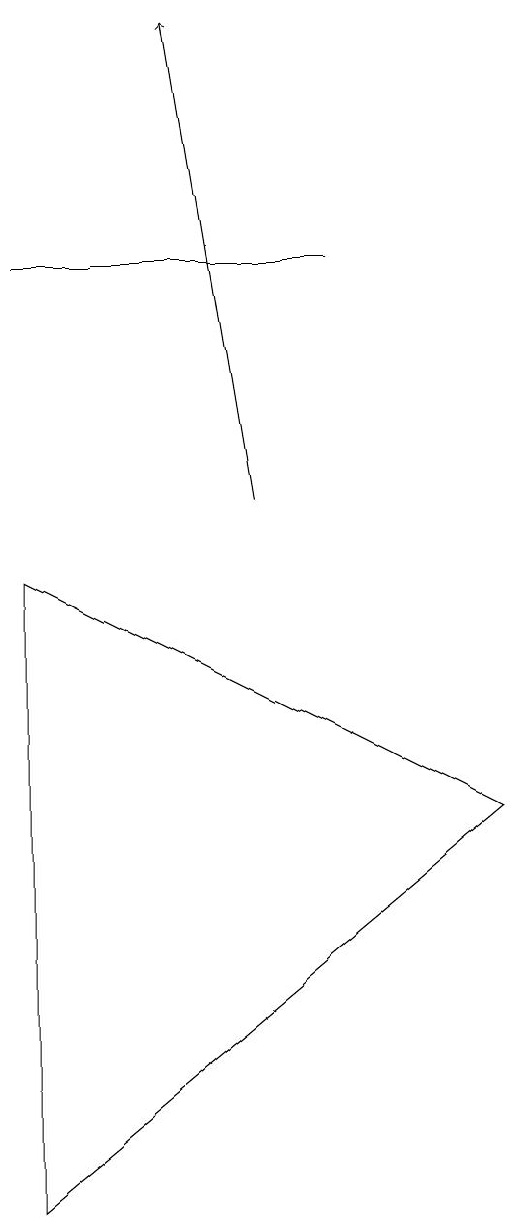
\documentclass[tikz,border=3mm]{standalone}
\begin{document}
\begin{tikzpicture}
\draw[->] (5,10) -- (4,16);
\draw (6,13) rectangle (2,13);
\draw (2,9) -- (8,6) -- (2,1) -- cycle;
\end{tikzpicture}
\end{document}